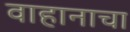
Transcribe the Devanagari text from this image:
वाहानाचा